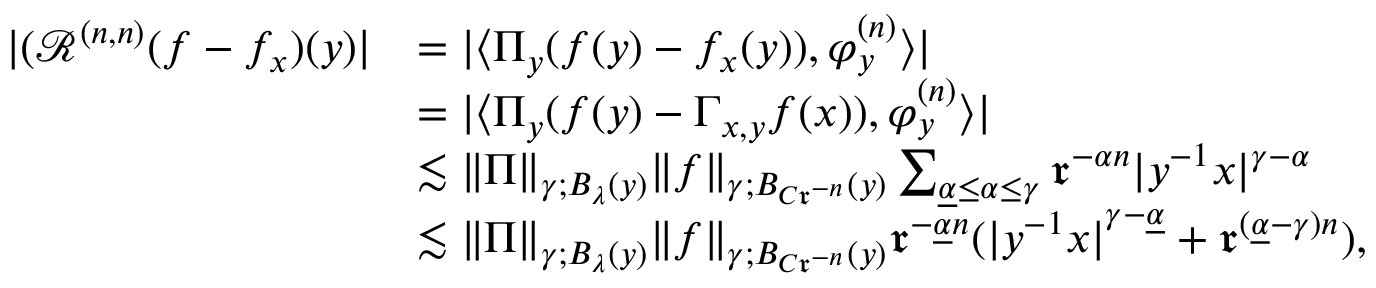
\begin{array} { r l } { | ( \mathcal { R } ^ { ( n , n ) } ( f - f _ { x } ) ( y ) | } & { = | \langle \Pi _ { y } ( f ( y ) - f _ { x } ( y ) ) , \varphi _ { y } ^ { ( n ) } \rangle | } \\ & { = | \langle \Pi _ { y } ( f ( y ) - \Gamma _ { x , y } f ( x ) ) , \varphi _ { y } ^ { ( n ) } \rangle | } \\ & { \lesssim \| \Pi \| _ { \gamma ; B _ { \lambda } ( y ) } \| f \| _ { \gamma ; B _ { C \mathfrak { r } ^ { - n } } ( y ) } \sum _ { \underline { { \alpha } } \leq \alpha \leq \gamma } \mathfrak { r } ^ { - \alpha n } | y ^ { - 1 } x | ^ { \gamma - \alpha } } \\ & { \lesssim \| \Pi \| _ { \gamma ; B _ { \lambda } ( y ) } \| f \| _ { \gamma ; B _ { C \mathfrak { r } ^ { - n } } ( y ) } \mathfrak { r } ^ { - \underline { { \alpha } } n } ( { | y ^ { - 1 } x | } ^ { \gamma - \underline { { \alpha } } } + \mathfrak { r } ^ { ( \underline { { \alpha } } - \gamma ) n } ) , } \end{array}